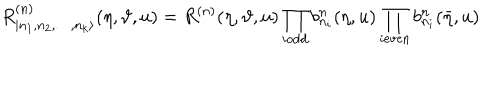
R _ { | n _ { 1 } , n _ { 2 } , \dots , n _ { k } \rangle } ^ { ( n ) } ( \eta , \vartheta , u ) = R ^ { ( n ) } ( \eta , \vartheta , u ) \prod _ { i \textrm { } \mathrm { o d d } } b _ { n _ { i } } ^ { n } ( \eta , u ) \prod _ { i \textrm { } \mathrm { e v e n } } b _ { n _ { i } } ^ { n } ( \bar { \eta } , u ) \, \, \,